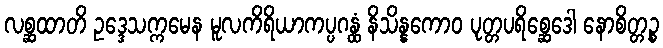
လစ္ဆထာတိ ဥဒ္ဒေသက္ကမေန မူလကိရိယာကပ္ပဂန္ထံ နိသိန္နကောဝ ပုတ္တပရိစ္ဆေဒေါ နောစိတ္တဉ္စ